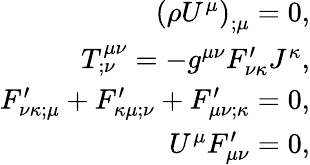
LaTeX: \begin{array}{r}{\left(\rho U^{\mu}\right)_{;\mu}=0,}\\ {T_{;\nu}^{\mu\nu}=-g^{\mu\nu}F_{\nu\kappa}^{\prime}J^{\kappa},}\\ {F_{\nu\kappa;\mu}^{\prime}+F_{\kappa\mu;\nu}^{\prime}+F_{\mu\nu;\kappa}^{\prime}=0,}\\ {U^{\mu}F_{\mu\nu}^{\prime}=0,}\end{array}